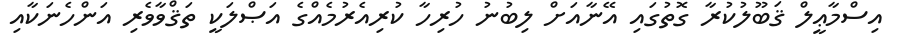
އިސްމާޢީލް ޤަބޫލުކުރާ ގޮތުގައި އޭނާއަށް ލިބުނު ހުރިހާ ކުރިއެރުމެއްގެ އަޞްލަކީ ތަޤްވާވެރި އަންހެނަކާއި